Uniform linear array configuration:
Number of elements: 32
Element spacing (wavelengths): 0.5
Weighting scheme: exponential
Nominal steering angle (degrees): -45
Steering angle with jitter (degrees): -46.494
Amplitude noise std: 0.05
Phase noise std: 0.05

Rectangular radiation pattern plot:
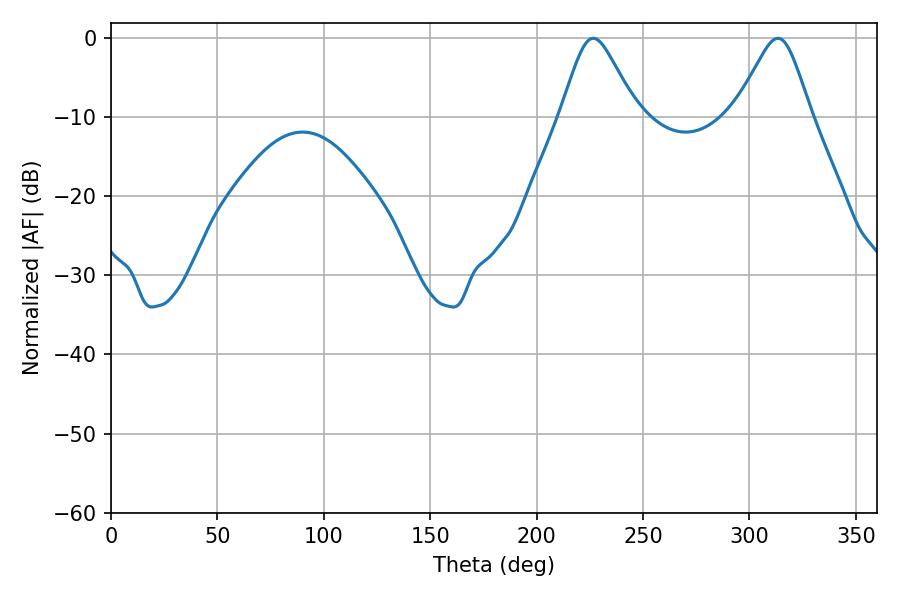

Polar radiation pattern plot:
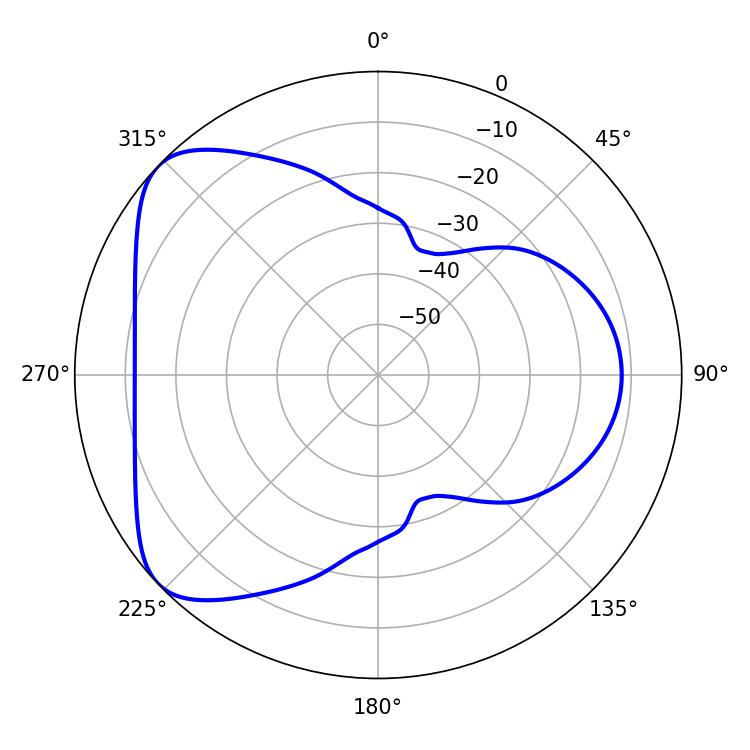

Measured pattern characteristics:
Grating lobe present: FALSE
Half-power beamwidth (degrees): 17.1
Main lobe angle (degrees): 226.62